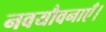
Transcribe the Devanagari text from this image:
नवयौवनाएँ।